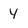
Character: Y